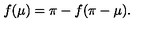
f ( \mu ) = \pi - f ( \pi - \mu ) .